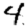
Digit: 4